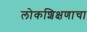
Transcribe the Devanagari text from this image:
लोकशिक्षणाचा